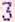
3